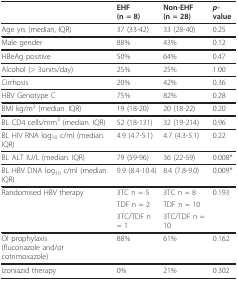
|  | EHF(n = 8) | Non-EHF(n = 28) | p-value |
 | --- | --- | --- | --- |
 | Age yrs (median, IQR) | 37 (33-42) | 33 (28-40) | 0.25 |
 | Male gender | 88% | 43% | 0.12 |
 | HBeAg positive | 50% | 64% | 0.47 |
 | Alcohol (> 3units/day) | 25% | 25% | 1.00 |
 | Cirrhosis | 20% | 42% | 0.36 |
 | HBV Genotype C | 75% | 82% | 0.28 |
 | BMI kg/m2 (median. IQR) | 19 (18-20) | 20 (18-22) | 0.20 |
 | BL CD4 cells/mm3 (median. IQR) | 52 (18-131) | 32 (19-214) | 0.96 |
 | BL HIV RNA log10 c/ml (median. IQR) | 4.9 (4.7-5.1) | 4.7 (4.3-5.1) | 0.22 |
 | BL ALT IU/L (median. IQR) | 79 (59-96) | 36 (22-59) | 0.008* |
 | BL HBV DNA log10 c/ml (median. IQR) | 9.9 (8.4-10.4) | 8.4 (7.8-9.0) | 0.009* |
 | Randomised HBV therapy | 3TC n = 5 | 3TC n = 8 | 0.193 |
 |  | TDF n = 2 | TDF n = 10 |  |
 |  | 3TC/TDF n = 1 | 3TC/TDF n = 10 |  |
 | OI prophylaxis(fluconazole and/or cotrimoxazole) | 88% | 61% | 0.162 |
 | Izoniazid therapy | 0% | 21% | 0.302 |